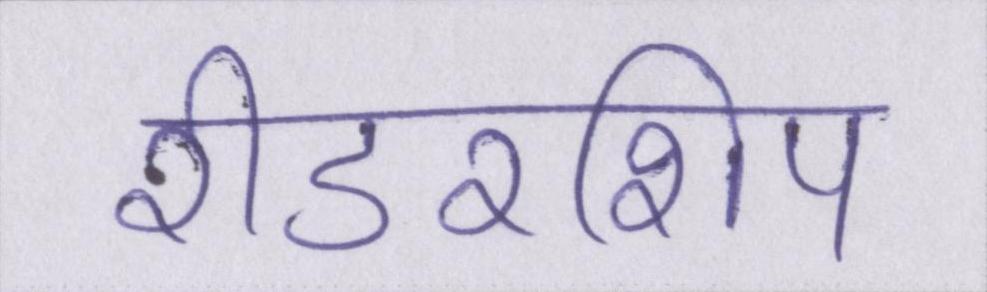
रीडरशिप